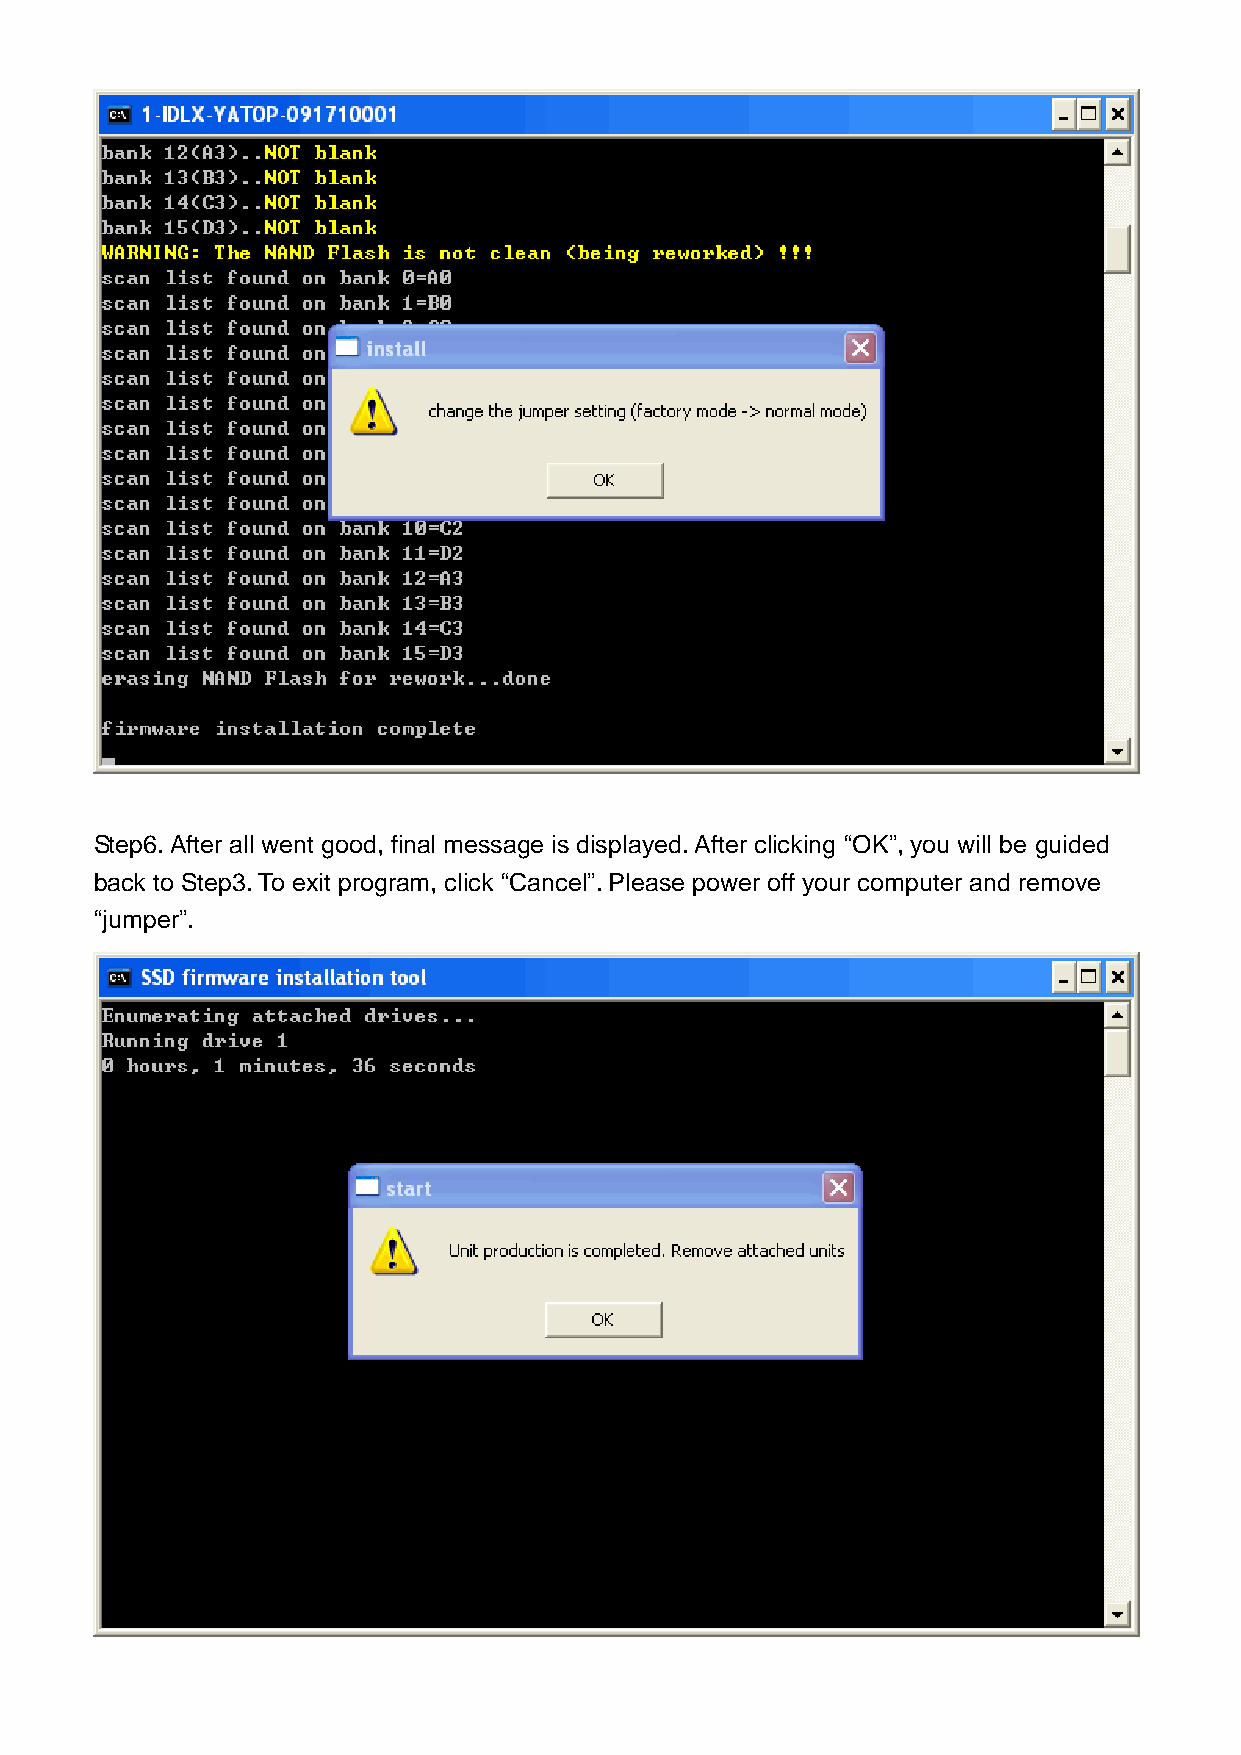
Step6. After all went good, final message is displayed. After clicking “OK”, you will be guided
 back to Step3. To exit program, click “Cancel”. Please power off your computer and remove
 “jumper”.